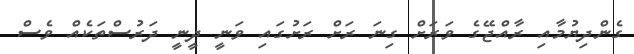
ގެންދިޔުމާއި ރާއްޖޭގެ ވަރަށް ގިނަ ރަށް ރަށުގައި ވަނީ ދީނީ ދަރުސްތަކެއް ވެސް